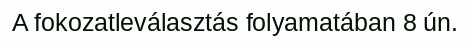
A fokozatleválasztás folyamatában 8 ún.